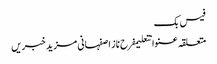
فیس بک
متعلقہ عنوانتعلیمفرح ناز اصفہانی مزید خبریں